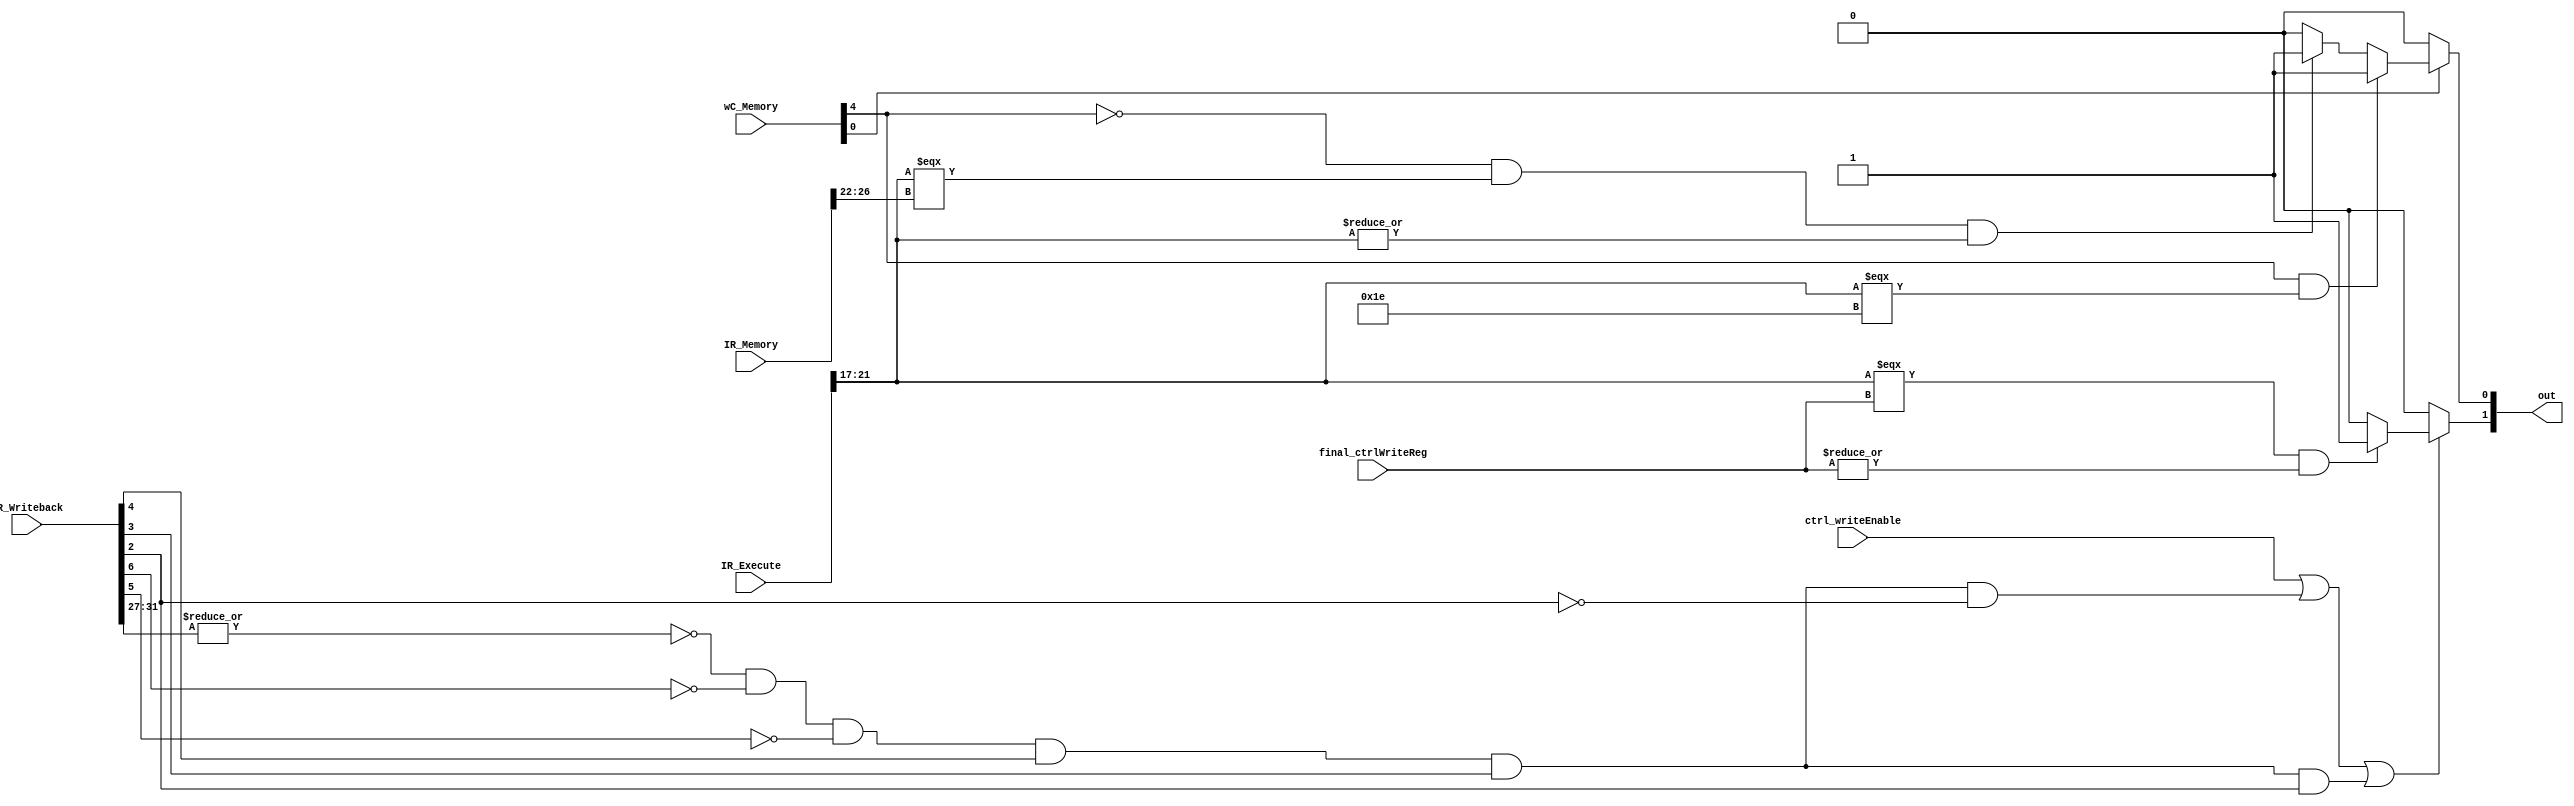
module A_execute_bypass(IR_Execute, IR_Memory, IR_Writeback, wC_Memory, ctrl_writeEnable, final_ctrlWriteReg, out);
input [31:0] IR_Execute, IR_Memory, IR_Writeback;
input [4:0] wC_Memory, final_ctrlWriteReg;
input ctrl_writeEnable;
output [1:0] out;

wire out1;

assign out1 = ((IR_Execute[21:17] === final_ctrlWriteReg) & (|final_ctrlWriteReg)) ? 1'b1 : 1'b0; //also making sure not reg 0
assign out[1] = (ctrl_writeEnable | (~(|IR_Writeback[31:27]) & (~IR_Writeback[6]) & (~IR_Writeback[5]) & (IR_Writeback[4]) & (IR_Writeback[3]) & (~IR_Writeback[2])) | (~(|IR_Writeback[31:27]) & (~IR_Writeback[6]) & (~IR_Writeback[5]) & (IR_Writeback[4]) & (IR_Writeback[3]) & (IR_Writeback[2]))) ? out1 : 1'b0; //bypass from writeback stage

wire out1a, out2a;
assign out2a = (~wC_Memory[4] & (IR_Execute[21:17] === IR_Memory[26:22]) & (|IR_Execute[21:17])) ? 1'b1 : 1'b0; //also making sure not reg 0
assign out1a = (wC_Memory[4] & (IR_Execute[21:17] === 5'b11110)) ? 1'b1 : out2a;
assign out[0] = wC_Memory[0] ? out1a : 1'b0; //bypass from memory stage

//if both out[1] and out[0] are on, memory stage bypass should take precedence (4th mux input)
endmodule